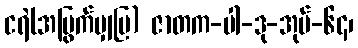
ငရဲ(အမြွက်မျှပြ) ဇာတက-ပါ-ဒု-အုပ်-၆၄၊